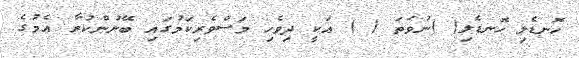
ހޮނޑެލި ހޮނޑެލި( )ނުވަތަ ( ) އަކީ ދިވެހި މަސްވެރިކަމުގައި ބޭނުންކުރާ އެމުގެ